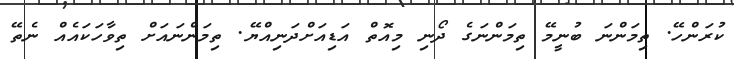
ކުރަންހޭ. ތިމަންނަ ބުނީމޭ ތިމަންނަގެ ދޯނި މިއޮތް އަޑިއަށްދަނިއްޔޭ. ތިމަންނައަށް ތިވާހަކައެއް ނެތޭ